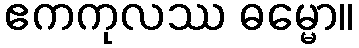
ဧကကုလဿ ဓမ္မော။